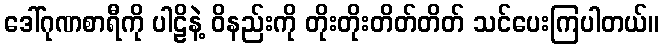
ဒေါ်ဂုဏစာရီကို ပါဠိနဲ့ ဝိနည်းကို တိုးတိုးတိတ်တိတ် သင်ပေးကြပါတယ်။